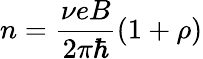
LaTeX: n=\frac{\nu eB}{2\pi\hbar}(1+\rho)